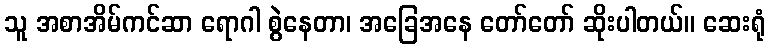
သူ အစာအိမ်ကင်ဆာ ရောဂါ စွဲနေတာ၊ အခြေအနေ တော်တော် ဆိုးပါတယ်။ ဆေးရုံ